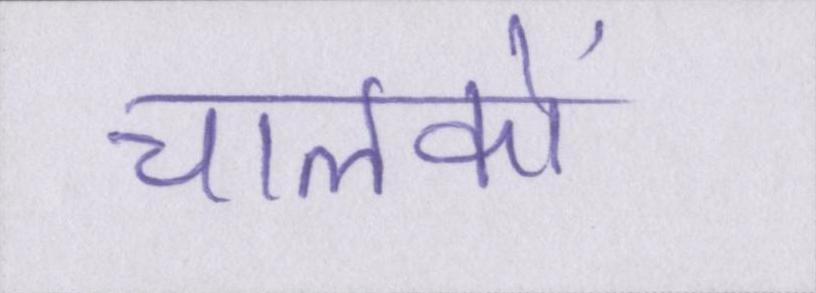
चालकों